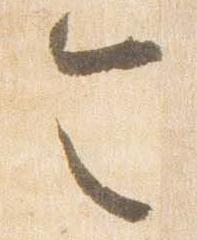
令